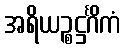
အရိယဉ္စဋ္ဌင်္ဂိကံ